Civil Veterinary Department Bihar reports 1940-50 - 1940-1950
Year: 1940
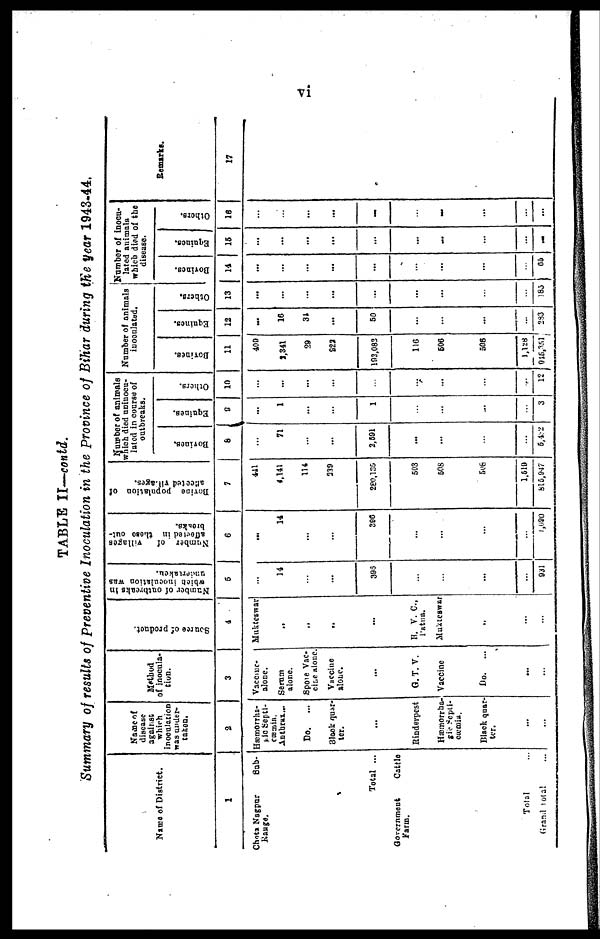
vi
TABLE II—contd.
Summary of results of Preventive Inoculation in the province of Bihar during the year 1943-44.
Name of District.
1
Chota Nagpur
Sub-
Range.
Total ...
Government
Cattle
Farm.
Total ...
Grand Total ...
Name of
disease
against
which
inoculation
was under-
taken.
2
Hæmorrha-
gic Septi-
cæmia.
Anthrax ...
Do.
...
Block quar-
ter.
...
Rinderpest
Hæmorrha-
gic Septi-
cæmia.
Black quar
ter.
...
...
Method
of inocula-
tion.
3
Vaccme-
alone.
Serum
alone.
Spore Vac-
cine alone.
Vaccine
alone.
...
G.T. V.
Vaccine
Do.
...
...
...
Source of product.
4
Mukteswar
„
„
„
...
B. V. C.,
Patna.
Mukteswar
...
...
...
Number of outbreaks in
which
inoculation was
5
...
14
...
...
396
...
...
...
...
931
Number
of
villages
affected
in these out-
breaks.
6
...
14
...
...
396
...
...
...
...
1,090
Bovine
population of
affected villages.
7
441
4,141
114
239
280,135
503
508
508
1.519
815,947
Number of animals
which died uninocu-
lated in course of
outbreaks.
Bovines.
8
...
71
...
...
2,591
...
...
...
...
5,432
Equines.
9
...
1
...
...
1
...
...
...
...
3
Others.
10
...
...
...
...
...
...
...
...
...
12
Number of animals
inoculated.
Bovines.
11
409
2,341
29
223
193,082
116
506
506
1,128
915,351
Equines.
12
...
16
31
...
50
...
...
...
...
283
Others.
13
...
...
...
...
...
...
...
...
...
185
Number of inocu-
lated animals
which died of the
disease.
Bovines.
14
...
...
...
...
...
...
...
...
...
65
Equines.
15
...
...
...
...
...
...
...
...
...
...
Others.
16
...
...
...
...
...
...
...
...
...
...
Remarks.
17